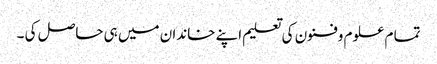
تما م علوم وفنون کی تعلیم اپنے خاندان میں ہی حاصل کی ۔